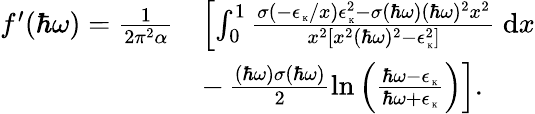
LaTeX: \begin{array}{rl}{f^{\prime}(\hbar\omega)=\frac{1}{2\pi^{2}\alpha}}&{\left[\int_{0}^{1}\frac{\sigma(-\epsilon_{\mathrm{\tiny~K}}/x)\epsilon_{\mathrm{\tiny~K}}^{2}-\sigma(\hbar\omega)(\hbar\omega)^{2}x^{2}}{x^{2}\left[x^{2}(\hbar\omega)^{2}-\epsilon_{\mathrm{\tiny~K}}^{2}\right]}~\mathrm{d}x\right.}\\ &{-\left.\frac{(\hbar\omega)\sigma(\hbar\omega)}{2}\ln{\left(\frac{\hbar\omega-\epsilon_{\mathrm{\tiny~K}}}{\hbar\omega+\epsilon_{\mathrm{\tiny~K}}}\right)}\right].}\end{array}